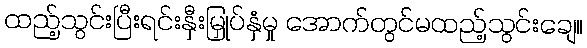
ထည့်သွင်းပြီးရင်းနှီးမြှုပ်နှံမှု အောက်တွင်မထည့်သွင်းချေ။